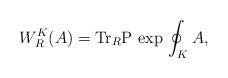
\begin{align*}W^{K}_{R}(A)={\rm Tr}_{R} {\rm P}\,\exp\,\oint_{K} A,\end{align*}